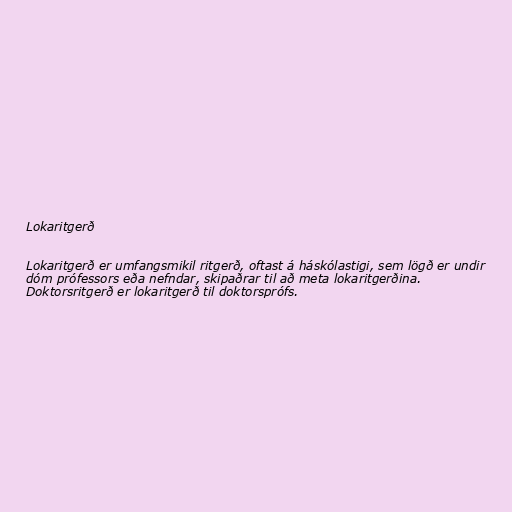
Lokaritgerð

Lokaritgerð er umfangsmikil ritgerð, oftast á háskólastigi, sem lögð er undir
dóm prófessors eða nefndar, skipaðrar til að meta lokaritgerðina.
Doktorsritgerð er lokaritgerð til doktorsprófs.